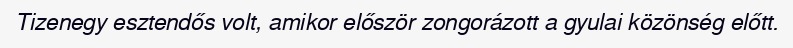
Tizenegy esztendős volt, amikor először zongorázott a gyulai közönség előtt.